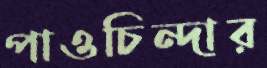
পাওচিন্দার